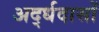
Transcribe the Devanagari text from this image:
अर्द्धदासों